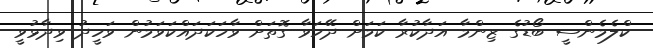
ކްލެމެންސީ ބޯޑުގެ ޒިންމާ އަދާކުރާ ކަމަށް ދޭހަވާ ގޮތަށް ވާހަކަދައްކަވަމުން ވަހީދު ވިދާޅުވީ